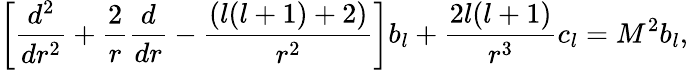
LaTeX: \left[{\frac{d^{2}}{dr^{2}}}+{\frac{2}{r}}{\frac{d}{dr}}-{\frac{(l(l+1)+2)}{r^{2}}}\right]b_{l}+{\frac{2l(l+1)}{r^{3}}}c_{l}=M^{2}b_{l},